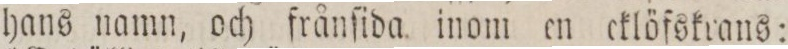
hans namn, och frånſida inom en cklöfskrans: